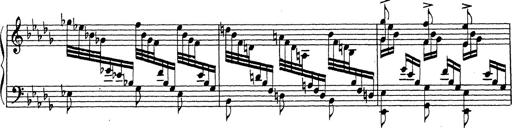
Title: Ballade No.1
Composer: Richard St. Clair